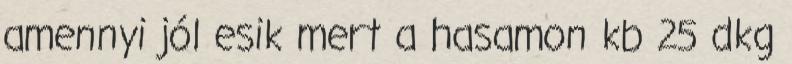
amennyi jól esik mert a hasamon kb 25 dkg